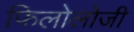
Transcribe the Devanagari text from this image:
फिलोलोजी